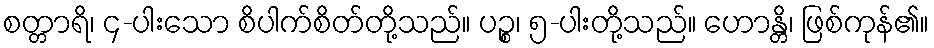
စတ္တာရိ၊ ၄-ပါးသော စိပါက်စိတ်တို့သည်။ ပဉ္စ၊ ၅-ပါးတို့သည်။ ဟောန္တိ၊ ဖြစ်ကုန်၏။